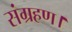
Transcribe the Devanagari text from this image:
संग्रहण।